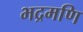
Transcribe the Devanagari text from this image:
भद्रमणि